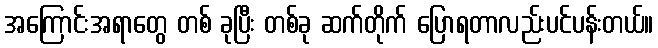
အကြောင်းအရာတွေ တစ် ခုပြီး တစ်ခု ဆက်တိုက် ပြောရတာလည်းပင်ပန်းတယ်။